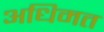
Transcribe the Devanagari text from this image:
अधिमत